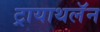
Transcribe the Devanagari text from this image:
ट्रायाथलॅन